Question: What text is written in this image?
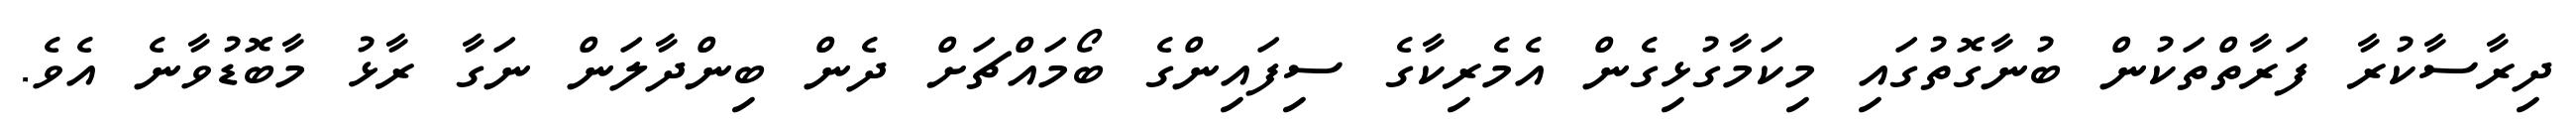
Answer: ދިރާސާކުރާ ފަރާތްތަކުން ބުނާގޮތުގައި މިކަމާގުޅިގެން އެމެރިކާގެ ސިފައިންގެ ބޯމައްޗަށް ދެން ބިންދާލަން ނަގާ ރާޅު މާބޮޑުވާނެ އެވެ.